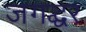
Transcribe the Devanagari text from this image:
जगद्घर